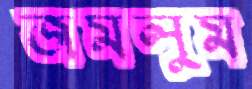
জমলুম